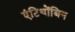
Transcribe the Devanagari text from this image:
एंटिथ्रोंबिन